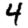
Digit: 4